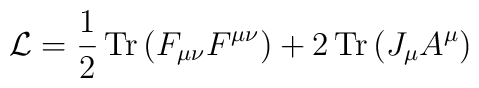
{\cal L} = {1\over 2}\, {\rm Tr}\, (F_{\mu \nu} F^{\mu \nu}) + 2\, {\rm Tr}\, (J_\mu A^\mu)